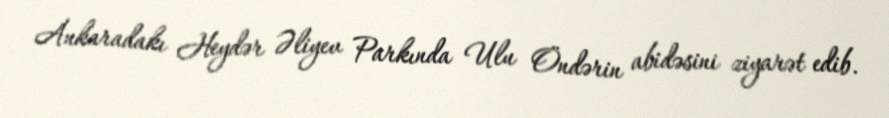
Ankaradakı Heydər Əliyev Parkında Ulu Öndərin abidəsini ziyarət edib.